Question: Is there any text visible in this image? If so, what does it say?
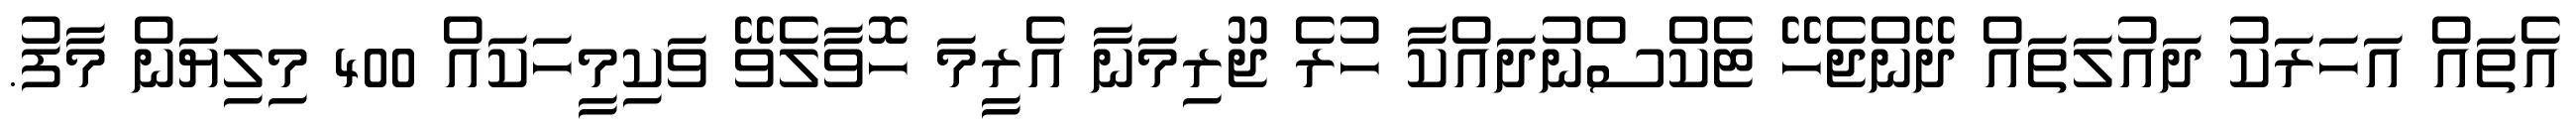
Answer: އެތައް އަހަރަކު ދައުލަތައް ދޭންޖެހޭ ޓެކްސްނުދައްކާ ހުރެ ޖޫރިމަނާ އެރީމަ ހޮވާލެވޭ ވަކިމީހަކައް 400 މިލިޔަން މާފު.